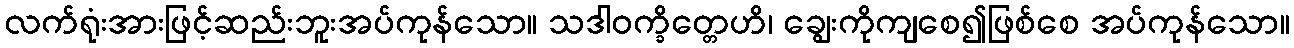
လက်ရုံးအားဖြင့်ဆည်းဘူးအပ်ကုန်သော။ သဒါဝက္ခိတ္တေဟိ၊ ချွေးကိုကျစေ၍ဖြစ်စေ အပ်ကုန်သော။